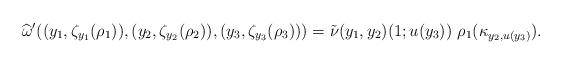
LaTeX: \begin{align*} \widehat{\omega}'((y_1, \zeta_{y_1}(\rho_1)), (y_2,\zeta_{y_2}(\rho_2)),(y_3 &,\zeta_{y_3}(\rho_3))) = \tilde{\nu}(y_1,y_2)(1;u(y_3)) \ \rho_1(\kappa_{y_2,u(y_3)}). \end{align*}